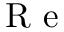
\textrm { R e }